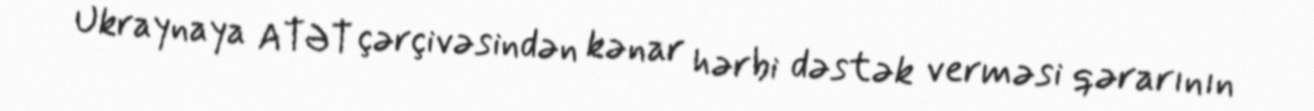
Ukraynaya ATƏT çərçivəsindən kənar hərbi dəstək verməsi qərarının